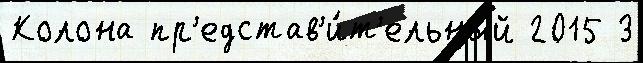
Колона пр'едстав'и́т'ельный 2015 3